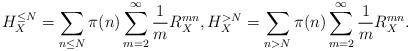
LaTeX: \begin{align*}H_{X}^{\le N} = \sum_{n \le N} \pi(n) \sum_{m=2}^{\infty} \dfrac{1}{m} R_{X}^{mn}, H_{X}^{> N} = \sum_{n>N} \pi(n) \sum_{m=2}^{\infty} \dfrac{1}{m} R_{X}^{mn}.\end{align*}